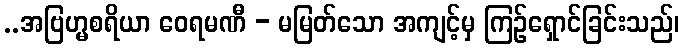
..အဗြဟ္မစရိယာ ဝေရမဏီ - မမြတ်သော အကျင့်မှ ကြဉ်ရှောင်ခြင်းသည်၊